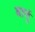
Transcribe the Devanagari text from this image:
बार्थु